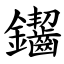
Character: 䥹